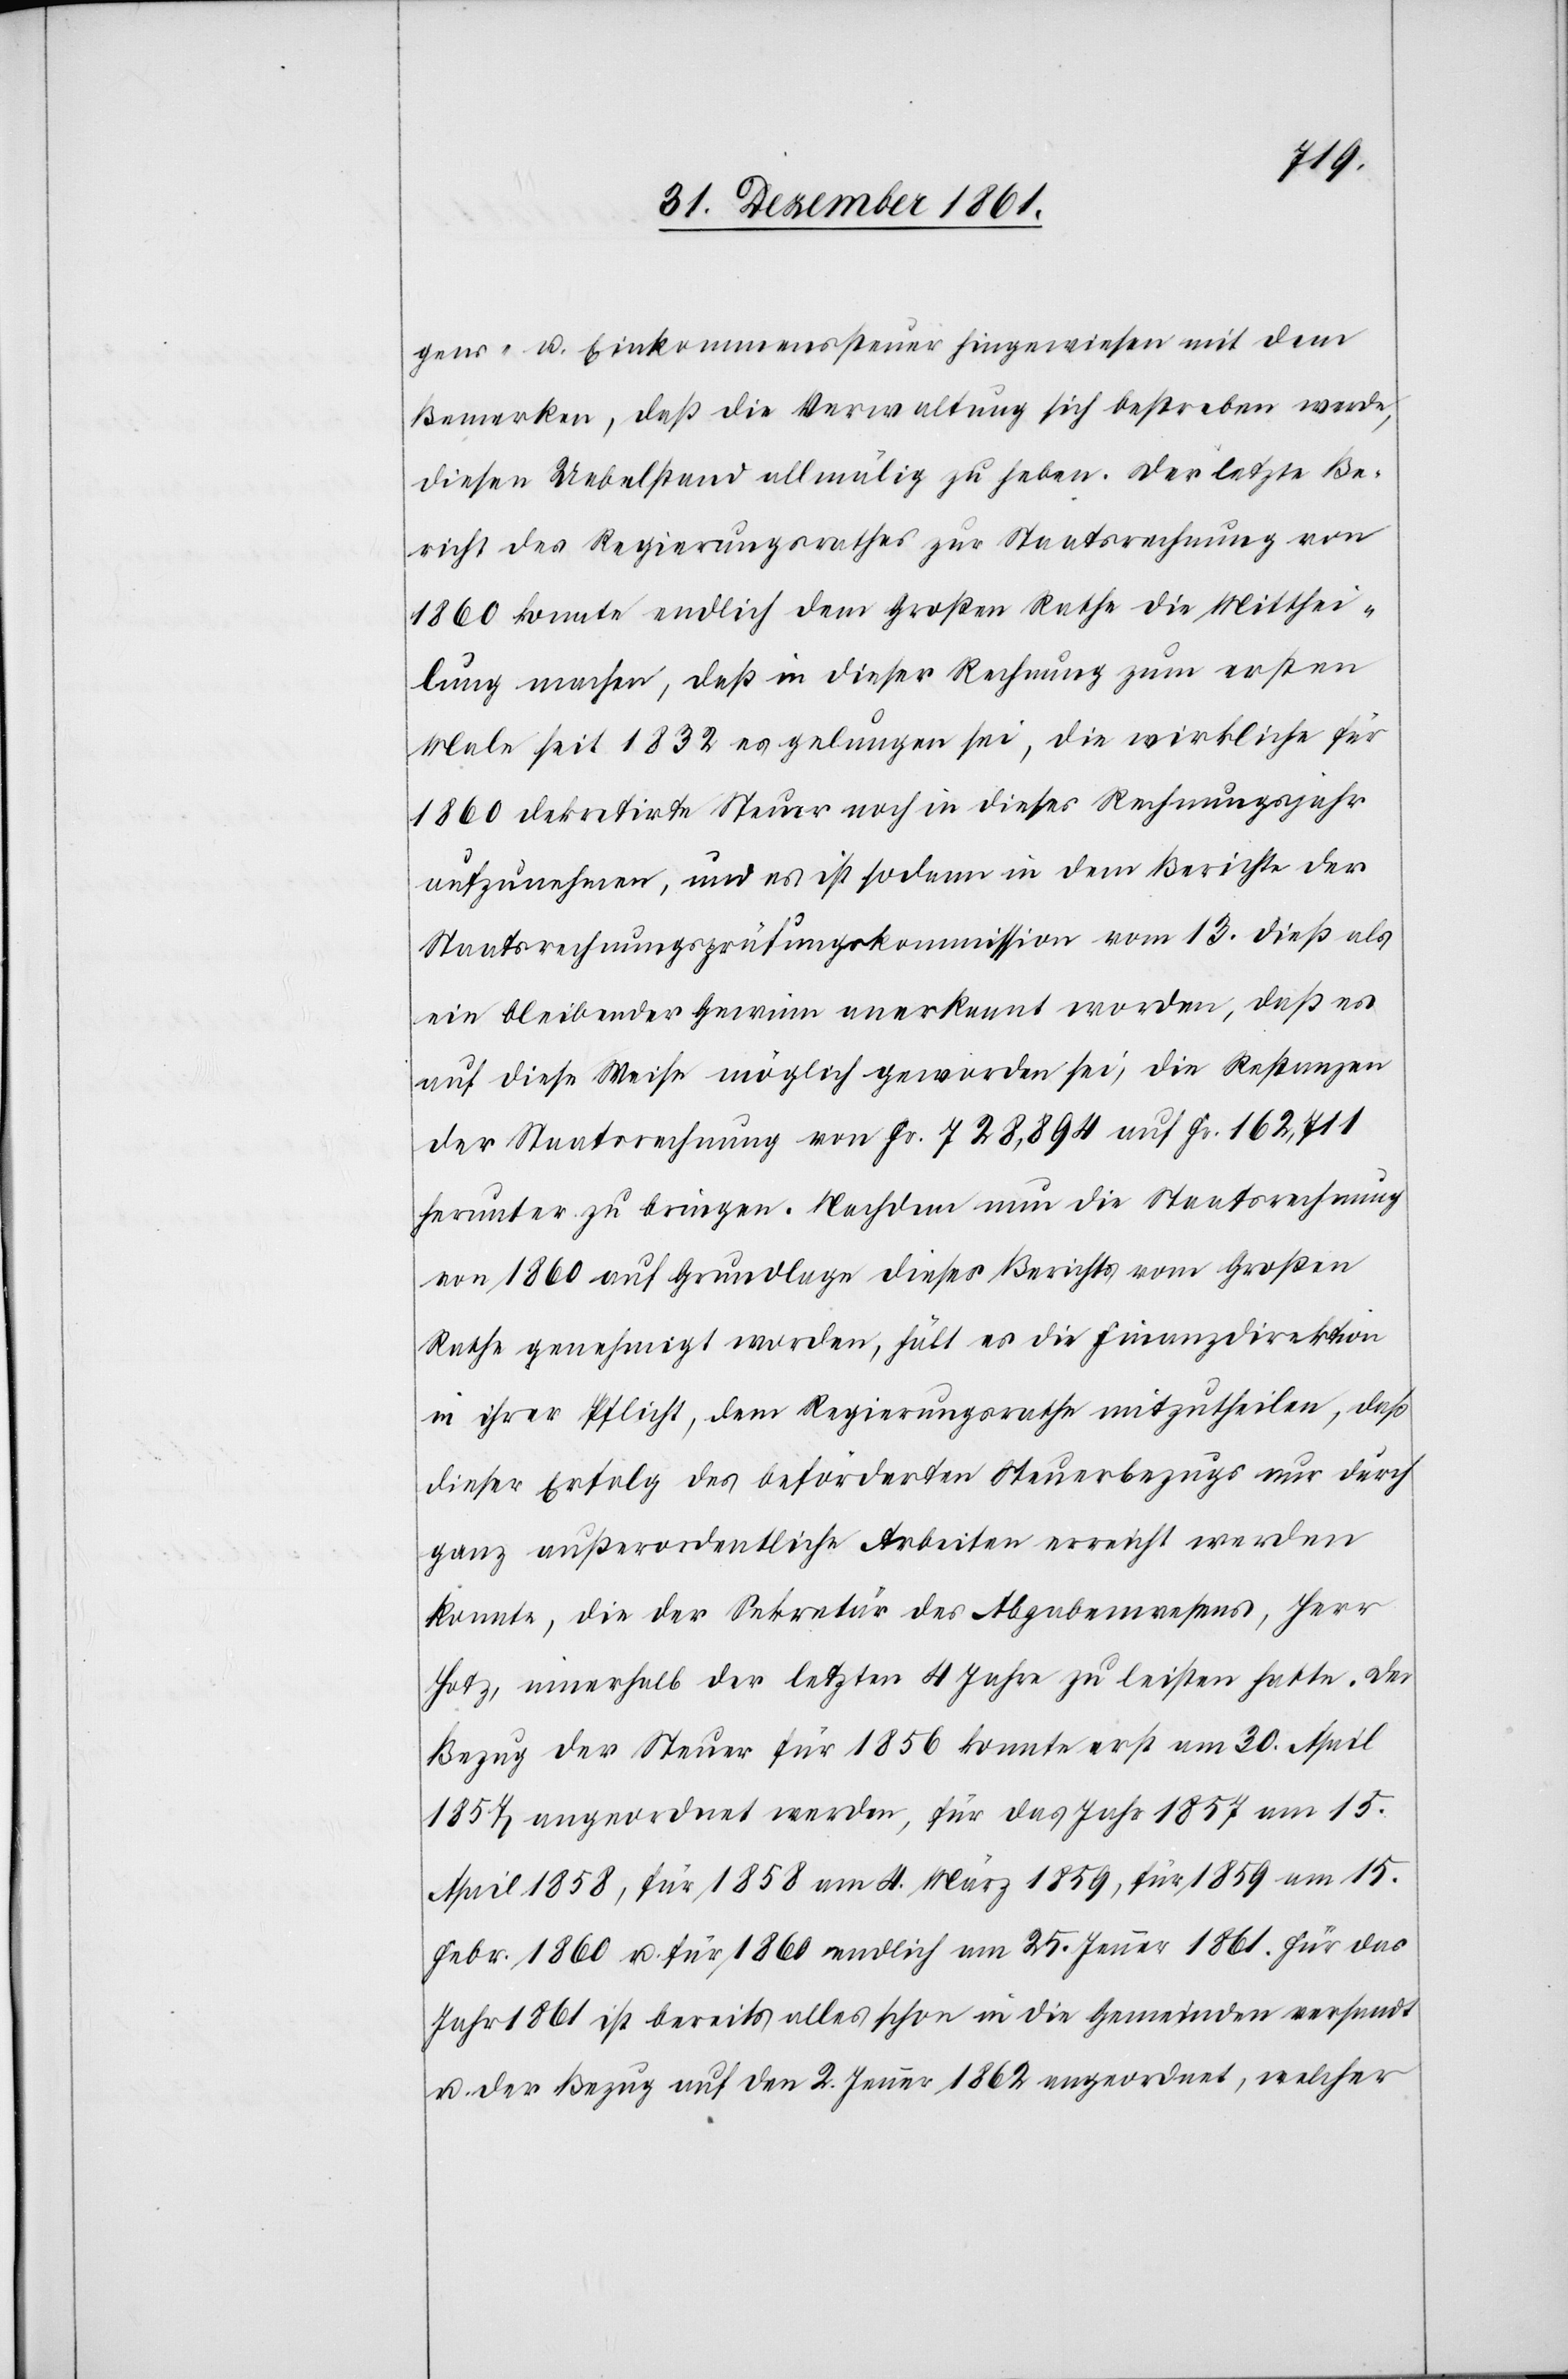
gens- u. Einkommenssteuer hingewiesen mit dem
Bemerken, daß die Verwaltung sich bestreben werde,
diesen Uebelstand allmälig zu heben. Der letzte Be¬
richt des Regierungsrathes zur Staatsrechnung von
1860 konnte endlich dem Großen Rathe die Mitthei¬
lung machen, daß in dieser Rechnung zum ersten
Male seit 1832 es gelungen sei, die wirkliche für
1860 dekretirte Steuer noch in dieses Rechnungsjahr
aufzunehmen, und es ist sodann in dem Berichte der
Staatsrechnungsprüfungskommission vom 13 dieß als
ein bleibender Gewinn anerkannt worden, daß es
auf diese Weise möglich geworden sei, die Restanzen
der Staatsrechnung von Fr. 718,894 auf Fr. 162,711
herunter zu bringen. Nachdem nun die Staatsrechnung
von 1860 auf Grundlage dieses Berichts vom Großen
Rathe genehmigt worden, hält es die Finanzdirektion
in ihrer Pflicht, dem Regierungsrathe mitzutheilen, daß
dieser Erfolg des beförderten Steuerbezugs nur durch
ganz außerordentliche Arbeiten erreicht werden
konnte, die der Sekretär des Abgabenwesens, Herr
Hotz, innerhalb der letzten 4 Jahre zu leisten hatte. Der
Bezug der Steuer für 1856 konnte erst am 30 April
1857 angeordnet werden, für das Jahr 1857 am 15
April 1858, für 1858 am 4 März 1859, für 1859 am 15
Febr. 1860 u. für 1860 endlich am 25 Jenner 1861. Für das
Jahr 1861 ist bereits alles schon in die Gemeinden versandt
u. der Bezug auf den 2 Jenner 1862 angeordnet, welcher